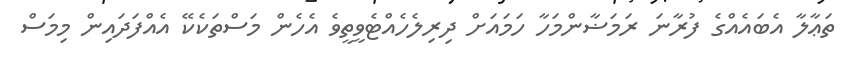
ތަޢާލާ އެބައެއްގެ ފުރާނަ ރަމަޟާންމަހާ ހަމައަށް ދިރިލެހެއްޓެވީތީވެ އެހެން މަސްތަކެކޭ އެއްފަދައިން މިމަސް